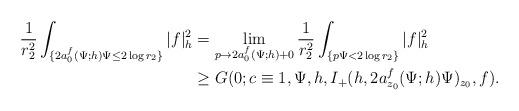
LaTeX: \begin{align*}\frac{1}{r_2^2}\int_{\{2a_0^f(\Psi;h)\Psi\le2\log r_2\}}|f|^2_h&=\lim_{p\rightarrow2a_0^f(\Psi;h)+0}\frac{1}{r_2^2}\int_{\{p\Psi<2\log r_2\}}|f|^2_h\\&\ge G(0;c\equiv1,\Psi,h,I_+(h,2a_{z_0}^f(\Psi;h)\Psi)_{z_0},f).\end{align*}